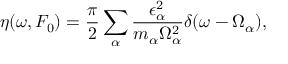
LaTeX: \eta ( \omega , F _ { 0 } ) = \frac { \pi } { 2 } \sum _ { \alpha } \frac { \epsilon _ { \alpha } ^ { 2 } } { m _ { \alpha } \Omega _ { \alpha } ^ { 2 } } \delta ( \omega - \Omega _ { \alpha } ) ,